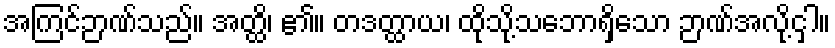
အကြင်ဉာဏ်သည်။ အတ္ထိ၊ ၏။ တဒတ္ထာယ၊ ထိုသို့သဘောရှိသော ဉာဏ်အလို့ငှါ။